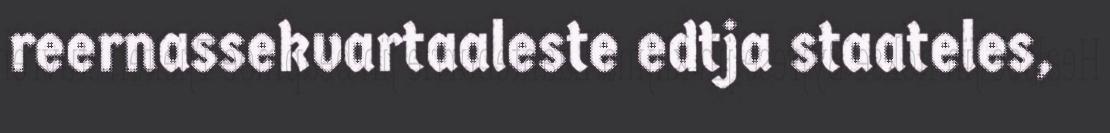
reernassekvartaaleste edtja staateles,